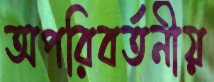
অপরিবর্তনীয়